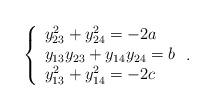
LaTeX: \begin{align*} \left\{ \begin{array}{l} y_{23}^2+ y_{24}^2=-2a\\ y_{13}y_{23}+y_{14}y_{24}=b\\ y_{13}^2+y_{14}^2=-2c \end{array} \right..\end{align*}